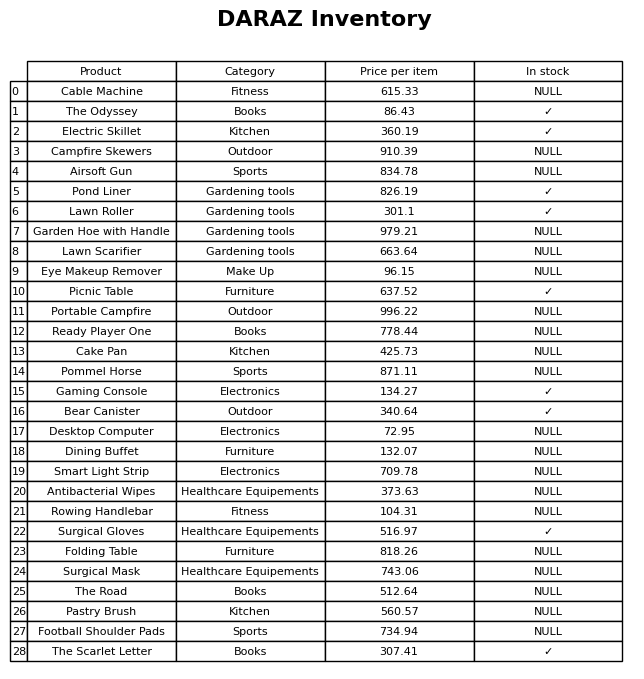
question: What is the price for Rowing Handlebar?
answer: The price of Rowing Handlebar is 104.31.